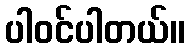
ပါဝင်ပါတယ်။